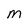
Character: M